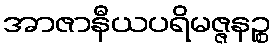
အာဇာနီယပရိမဇ္ဇနဉ္စ